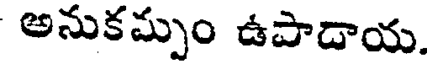
అనుకమ్పుం ఉపాడాయ.